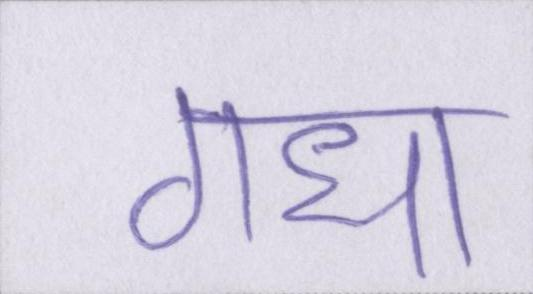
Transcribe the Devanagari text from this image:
गधा